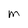
Character: M